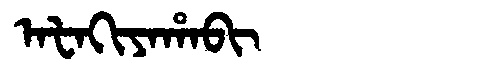
Manchu: ᠠᡶᠠᡴᡳᠶᠠᡥᠠᠪᡳ
Romanization: AFAKIYAHABI